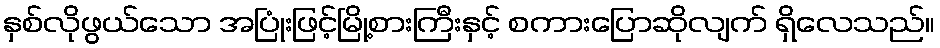
နှစ်လိုဖွယ်သော အပြုံးဖြင့်မြို့စားကြီးနှင့် စကားပြောဆိုလျက် ရှိလေသည်။